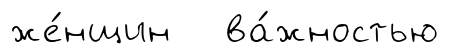
же́нщин ва́жностью